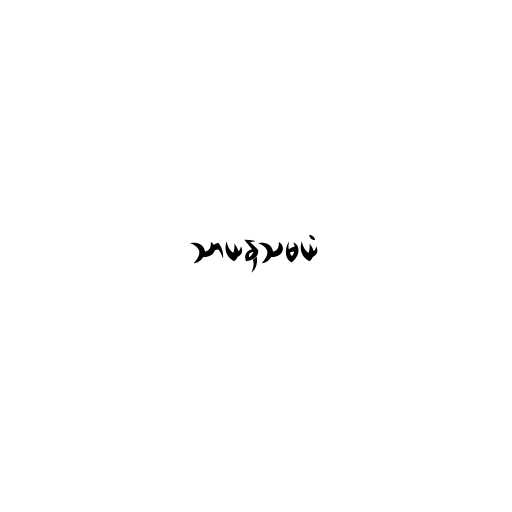
သာယနှသမယံ